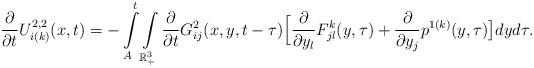
\begin{align*}\frac{\partial}{\partial{t}}U_{i(k)}^{2,2}(x,t)= -\int\limits^t_{A}\int\limits_{\mathbb{R}^{3}_{+}}\frac{\partial}{\partial{t}}G_{ij}^{2}(x,y,t-\tau)\Big[\frac{\partial}{\partial y_{l}}F^{k}_{jl}(y,\tau)+\frac{\partial}{\partial{y_j}}p^{1(k)}(y,\tau)\big]dyd\tau.\end{align*}